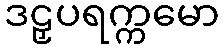
ဒဠှပရက္ကမော